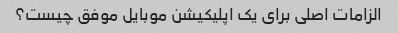
الزامات اصلی برای یک اپلیکیشن موبایل موفق چیست؟